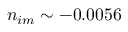
n _ { i m } \sim - 0 . 0 0 5 6